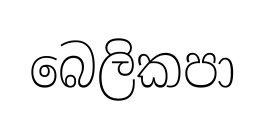
බෙලිකපා